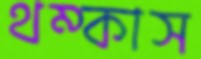
থম্‌কাস